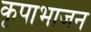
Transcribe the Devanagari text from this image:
कृपाभाजन